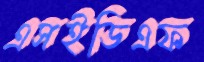
এসইডিএফ